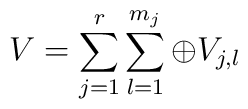
V=\sum_{j=1}^r\sum_{l=1}^{m_j}\oplus V_{j,l}